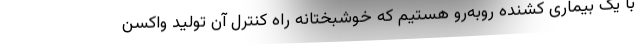
با یک بیماری کشنده روبه‌رو هستیم که خوشبختانه راه کنترل آن تولید واکسن